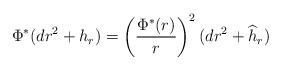
LaTeX: \begin{align*} \Phi^*(dr^2+h_r)=\left(\frac{\Phi^*(r)}{r}\right)^2(dr^2+\widehat{h}_r) \end{align*}